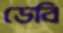
ডেবি